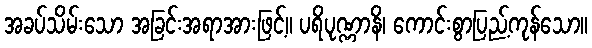
အခပ်သိမ်းသော အခြင်းအရာအားဖြင့်။ ပရိပုဏ္ဏာနိ၊ ကောင်းစွာပြည့်ကုန်သော။